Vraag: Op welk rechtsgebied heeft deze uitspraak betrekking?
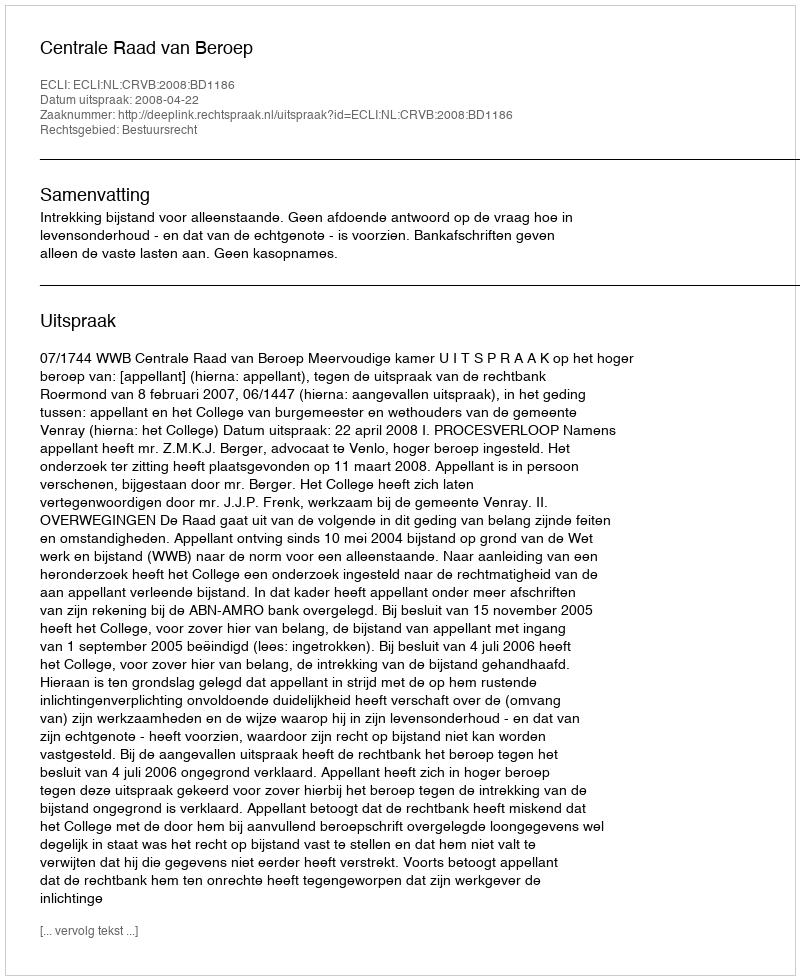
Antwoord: Bestuursrecht